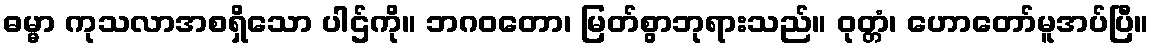
ဓမ္မာ ကုသလာအစရှိသော ပါဌ်ကို။ ဘဂဝတော၊ မြတ်စွာဘုရားသည်။ ဝုတ္တံ၊ ဟောတော်မူအပ်ပြီ။